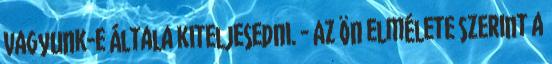
vagyunk-e általa kiteljesedni. - Az ön elmélete szerint a